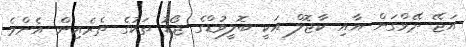
އަޖޭ ދޭވްގަން އާއި ކާޖޮލް އަކީ ބޮލީވުޑްގެ ޖޯޑު ތަކުގެ ތެރެއިން އެންމެ